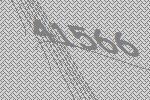
41566